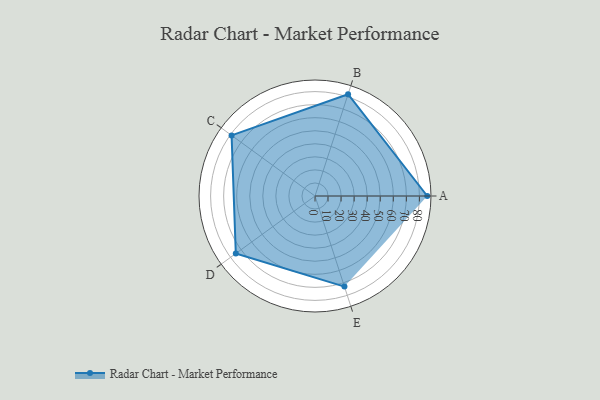
{"axis": {"x": "Skill", "y": "Score"}, "legend": ["Profile"], "data": [{"x": "A", "y": 86.0, "type": "Profile"}, {"x": "B", "y": 82.0, "type": "Profile"}, {"x": "C", "y": 79.0, "type": "Profile"}, {"x": "D", "y": 75.0, "type": "Profile"}, {"x": "E", "y": 73.0, "type": "Profile"}]}